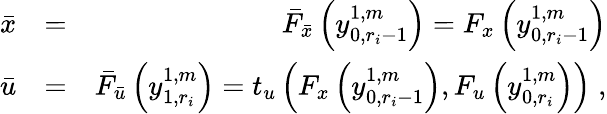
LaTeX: \begin{array}{rlr}{\bar{x}}&{=}&{\bar{F}_{\bar{x}}\left(y_{0,r_{i}-1}^{1,m}\right)=F_{x}\left(y_{0,r_{i}-1}^{1,m}\right)}\\ {\bar{u}}&{=}&{\bar{F}_{\bar{u}}\left(y_{1,r_{i}}^{1,m}\right)=t_{u}\left(F_{x}\left(y_{0,r_{i}-1}^{1,m}\right),F_{u}\left(y_{0,r_{i}}^{1,m}\right)\right)\; ,}\end{array}